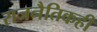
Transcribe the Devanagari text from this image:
राजनैतिकही